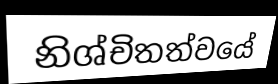
නිශ්චිතත්වයේ